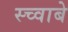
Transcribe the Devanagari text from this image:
स्च्वाबे